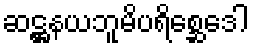
ဆဋ္ဌနယဘူမိပရိစ္ဆေဒေါ